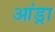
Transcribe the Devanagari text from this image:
आंड्रा